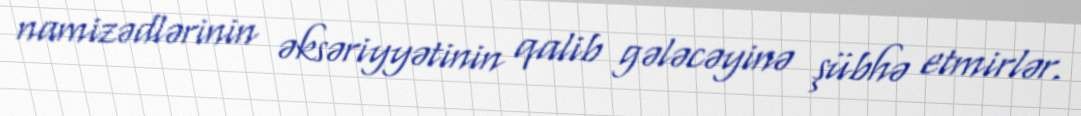
namizədlərinin əksəriyyətinin qalib gələcəyinə şübhə etmirlər.